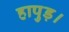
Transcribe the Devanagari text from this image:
हापुड़।